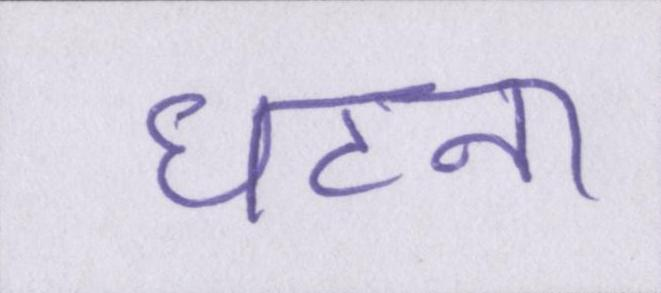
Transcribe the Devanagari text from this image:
घटना